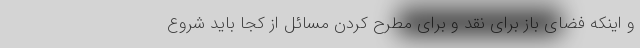
و اینکه فضای باز برای نقد و برای مطرح کردن مسائل از کجا باید شروع